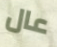
عال